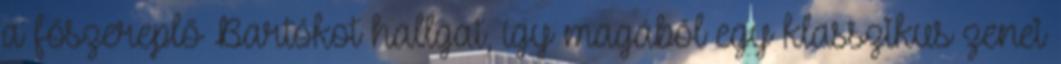
a főszereplő Bartókot hallgat, így magából egy klasszikus zenei